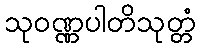
သုဝဏ္ဏပါတိသုတ္တံ